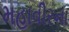
મહાવીરના